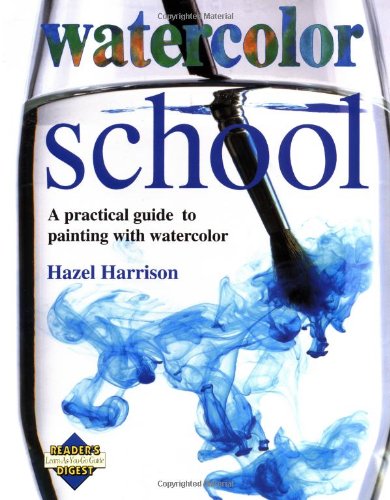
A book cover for Watercolor School: A Practical Guide to Painting With Watercolor; Hazel Harrison; Arts & Photography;